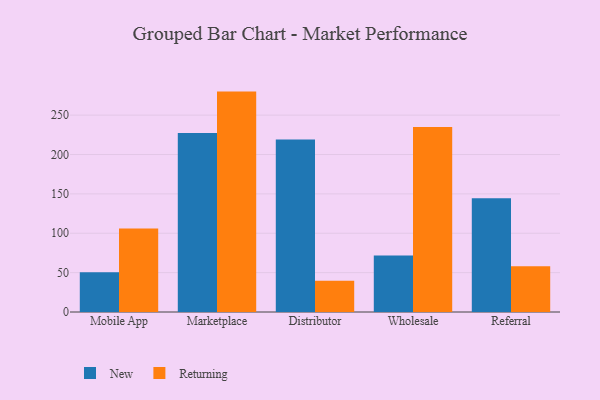
{"axis": {"x": "Channel", "y": "LTV (USD)"}, "legend": ["New", "Returning"], "data": [{"x": "Mobile App", "y": 50.4, "type": "New"}, {"x": "Mobile App", "y": 106.1, "type": "Returning"}, {"x": "Marketplace", "y": 227.3, "type": "New"}, {"x": "Marketplace", "y": 279.9, "type": "Returning"}, {"x": "Distributor", "y": 219.0, "type": "New"}, {"x": "Distributor", "y": 39.8, "type": "Returning"}, {"x": "Wholesale", "y": 71.7, "type": "New"}, {"x": "Wholesale", "y": 234.9, "type": "Returning"}, {"x": "Referral", "y": 144.6, "type": "New"}, {"x": "Referral", "y": 58.0, "type": "Returning"}]}